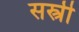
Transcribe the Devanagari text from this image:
सस्त्री